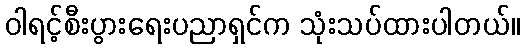
ဝါရင့်စီးပွားရေးပညာရှင်က သုံးသပ်ထားပါတယ်။